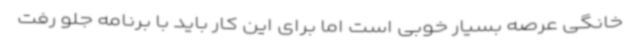
خانگی عرصه بسیار خوبی است اما برای این کار باید با برنامه جلو رفت